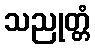
သညုတ္တံ